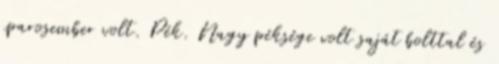
iparosember volt. Pék. Nagy péksége volt saját bolttal és